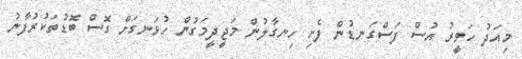
މިއަދު ހަވީރު އުސް ފަސްގަނޑުން ފެށި ހިނގާލުން މަޖީދީމަގުން ހުޅަނގަށް ގޮސް ބޮޑުތަކުރުފާނު